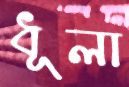
ধূলা